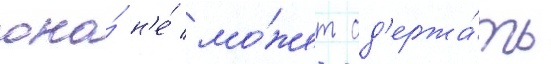
она́ н'е́ мо́жет сд'ержа́ть